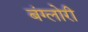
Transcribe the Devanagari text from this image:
बंग्लोरी